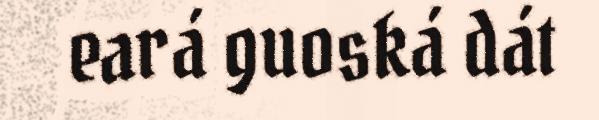
eará guoská dát